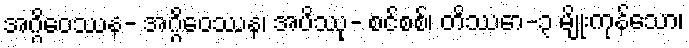
အဂ္ဂိဝေဿန- အဂ္ဂိဝေဿန၊ အပိဿု- စင်စစ်၊ တိဿော-၃ မျိုးကုန်သော၊